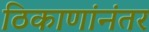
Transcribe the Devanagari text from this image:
ठिकाणांनंतर